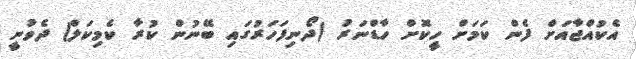
އެކުއްޖާއަށް ފެން ކަމަށް ހީކޮށް ހާޑްނަރު (ދޯނިފަހަރުގައި ބޭނުން ކުރާ ކެމިކަލް) ދެވުނީ